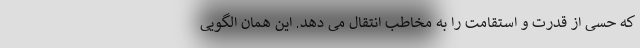
که حسی از قدرت و استقامت را به مخاطب انتقال می دهد. این همان الگویی